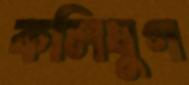
কলিযুগ